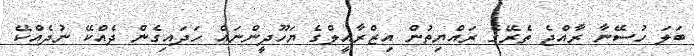
ބަލަ ހުސޭނާ ރާއްޖެ ތެރޭގެ ރައްޔިތުން އިޒްރާއީލްގެ ޔަހޫދީންނައް ހަދައިގެން ދެއްކޭ ނުދެއްކޭ